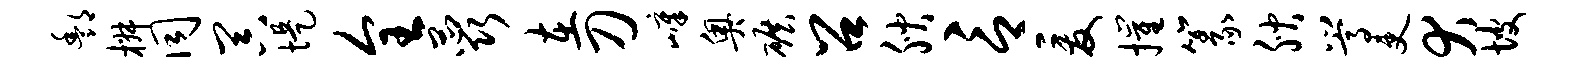
酆椒同器堤全蕊在刀嶂奥碾召腴言爰摧篆腴嵩吏犬坡